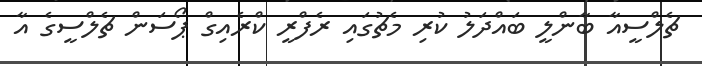
ޗެލްސީއާ ބާންލީ ބައްދަލު ކުރި މެޗުގައި ރެފްރީ ކްރެއިގް ޕޯސަން ޗެލްސީގެ އާ